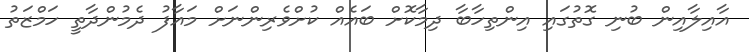
އާއިލާއިން ބުނި ގޮތުގައި އިންތިހާބާ ދިމާކޮށް ބައެއް ކުށްވެރިންނަށް މައާފު ދެމުންދާތީ ހަމްޒަތު